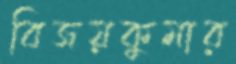
বিজয়কুমার